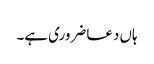
ہاں دعا ضروری ہے۔